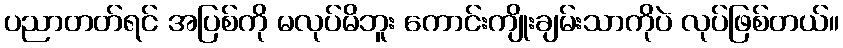
ပညာတတ်ရင် အပြစ်ကို မလုပ်မိဘူး ကောင်းကျိုးချမ်းသာကိုပဲ လုပ်ဖြစ်တယ်။